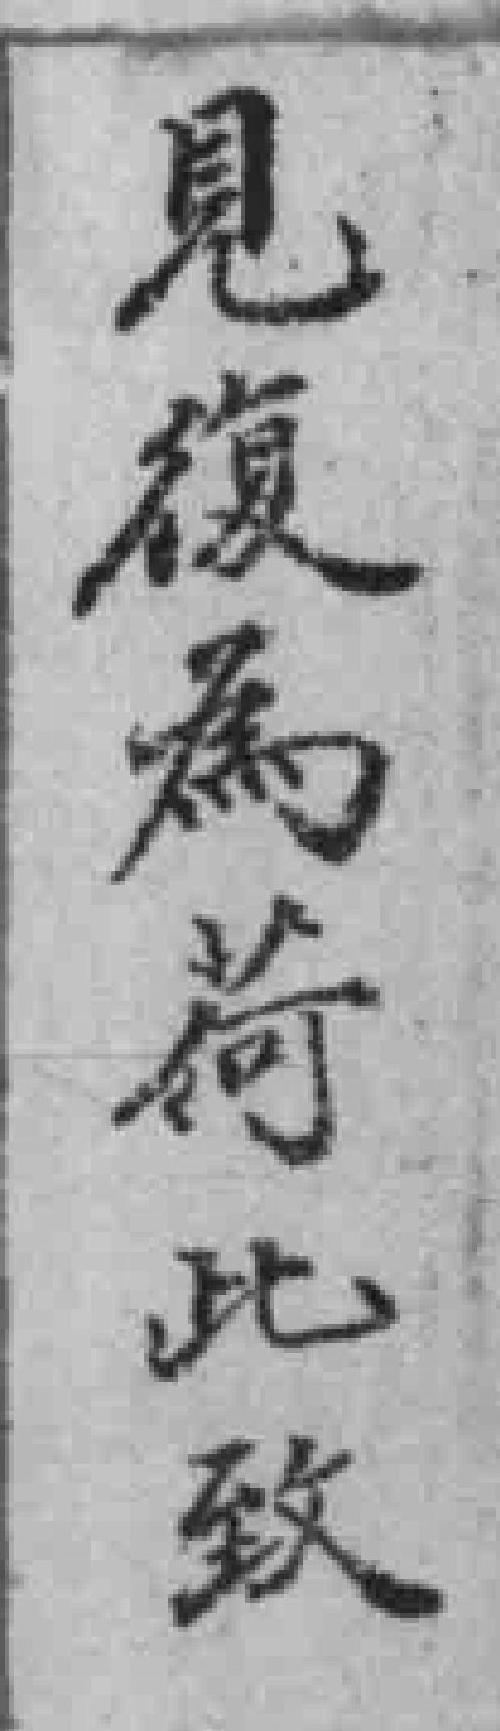
見復為荷此致